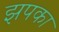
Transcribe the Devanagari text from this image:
झपका